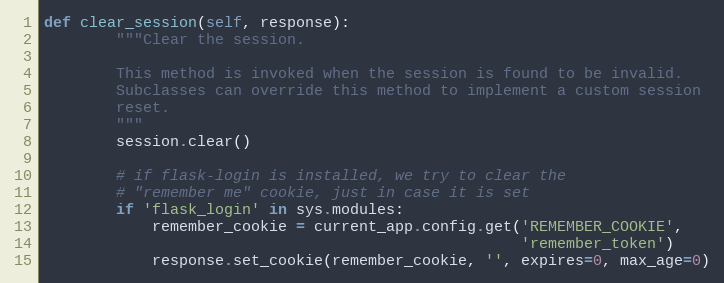
Language: Python
def clear_session(self, response):
        """Clear the session.

        This method is invoked when the session is found to be invalid.
        Subclasses can override this method to implement a custom session
        reset.
        """
        session.clear()

        # if flask-login is installed, we try to clear the
        # "remember me" cookie, just in case it is set
        if 'flask_login' in sys.modules:
            remember_cookie = current_app.config.get('REMEMBER_COOKIE',
                                                     'remember_token')
            response.set_cookie(remember_cookie, '', expires=0, max_age=0)